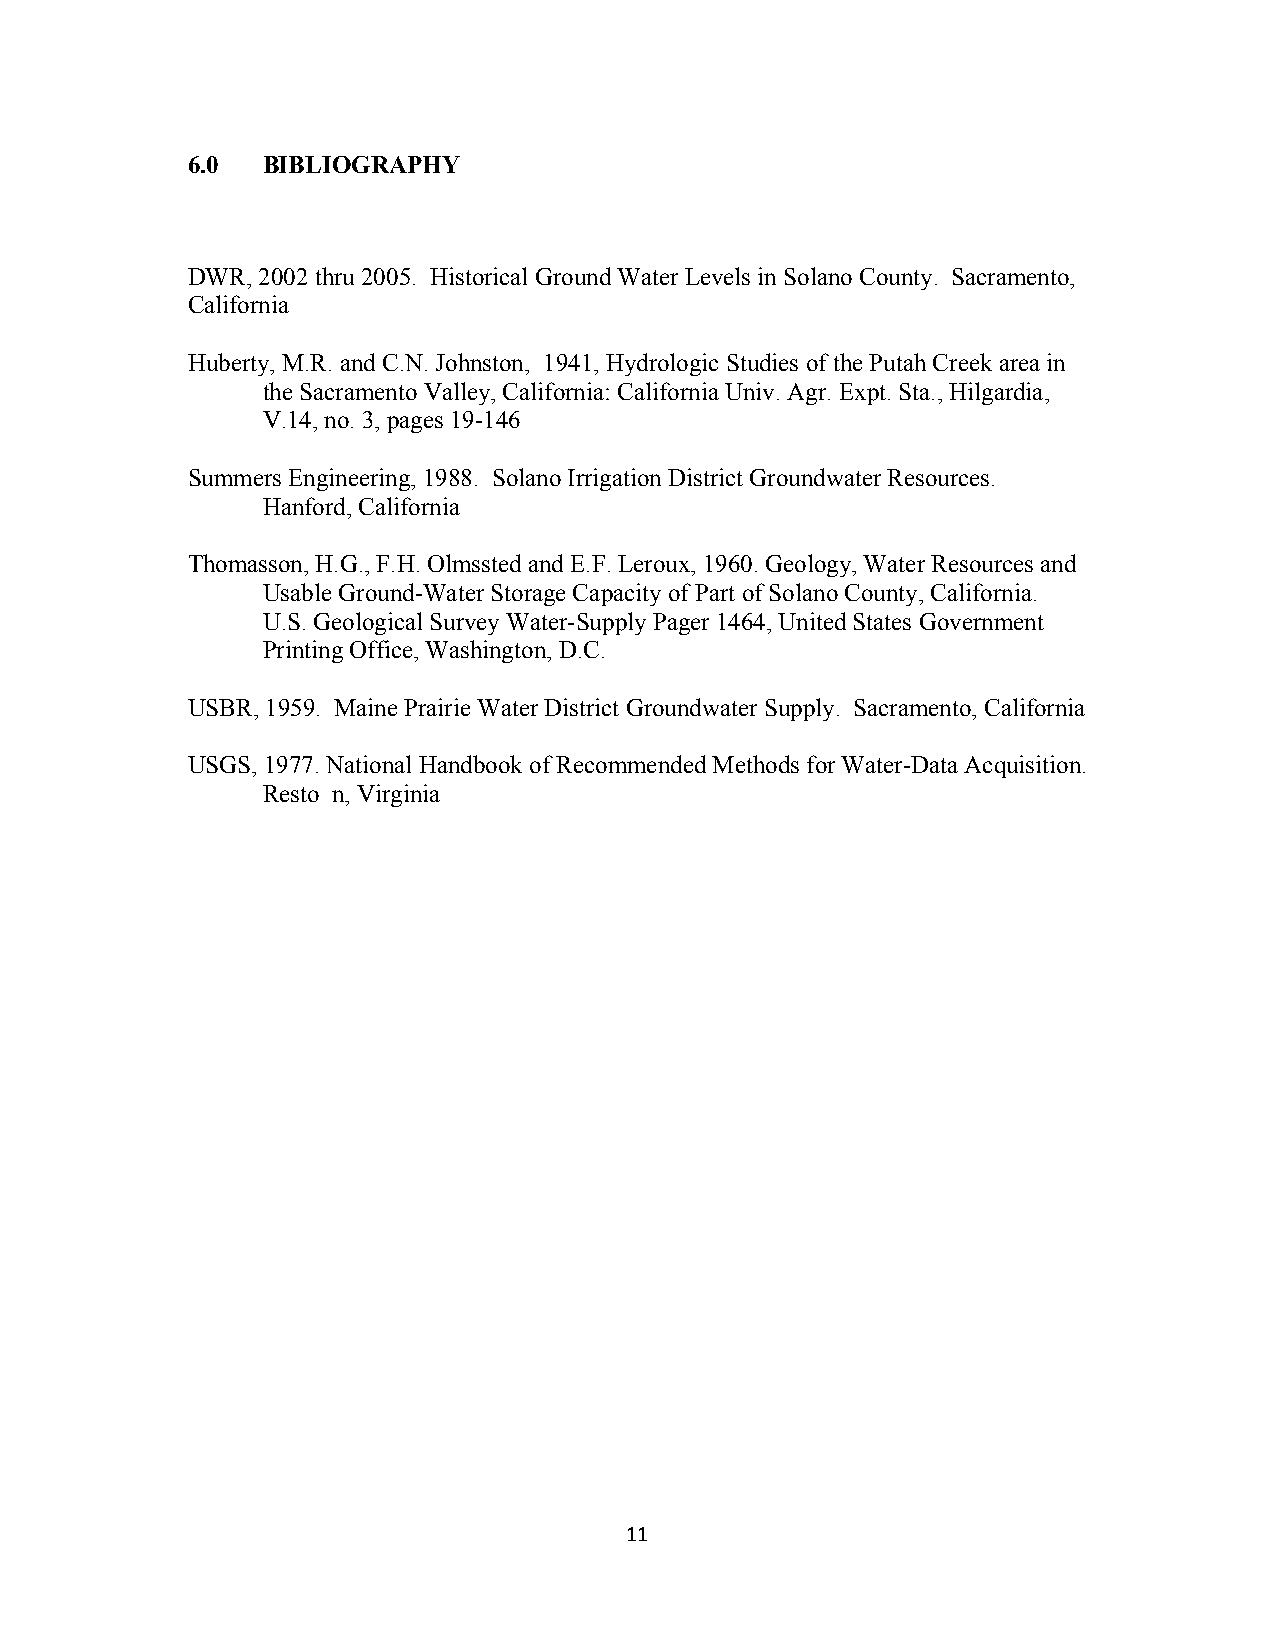
6.0  BIBLIOGRAPHY
 DWR, 2002 thru 2005. Historical Ground Water Levels in Solano County. Sacramento,
 California
 Huberty, M.R. and C.N. Johnston, 1941, Hydrologic Studies of the Putah Creek area in
 the Sacramento Valley, California: California Univ. Agr. Expt. Sta., Hilgardia,
 V.14, no. 3, pages 19-146
 Summers Engineering, 1988. Solano Irrigation District Groundwater Resources.
 Hanford, California
 Thomasson, H.G., F.H. Olmssted and E.F. Leroux, 1960. Geology, Water Resources and
 Usable Ground-Water Storage Capacity of Part of Solano County, California.
 U.S. Geological Survey Water-Supply Pager 1464, United States Government
 Printing Office, Washington, D.C.
 USBR, 1959. Maine Prairie Water District Groundwater Supply. Sacramento, California
 USGS, 1977. National Handbook of Recommended Methods for Water-Data Acquisition.
 Resto n, Virginia
 11